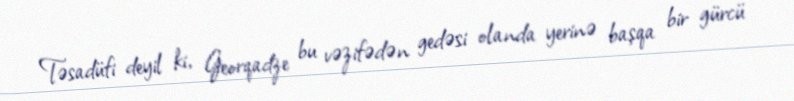
Təsadüfi deyil ki, Georqadze bu vəzifədən gedəsi olanda yerinə başqa bir gürcü